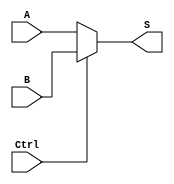
`timescale 1ns / 1ps
//////////////////////////////////////////////////////////////////////////////////
// Company:
// Engineer:
//
// Design Name:
// Module Name:    mux2x1
// Project Name:
// Target Devices:
// Tool versions:
// Description:
//
// Dependencies:
//
// Revision:
// Revision 0.01 - File Created
// Additional Comments:
//
//////////////////////////////////////////////////////////////////////////////////
module mux2x1(A, B, Ctrl, S);
	parameter N=32;
	input wire [N-1:0] A, B;
	input wire Ctrl;
	output wire [N-1:0] S;
	assign S = Ctrl? B : A;

endmodule